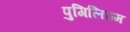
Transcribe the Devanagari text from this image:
पुगिलिज्म